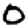
Digit: 0